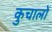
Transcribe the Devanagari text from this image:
कुचालों